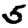
Digit: 5